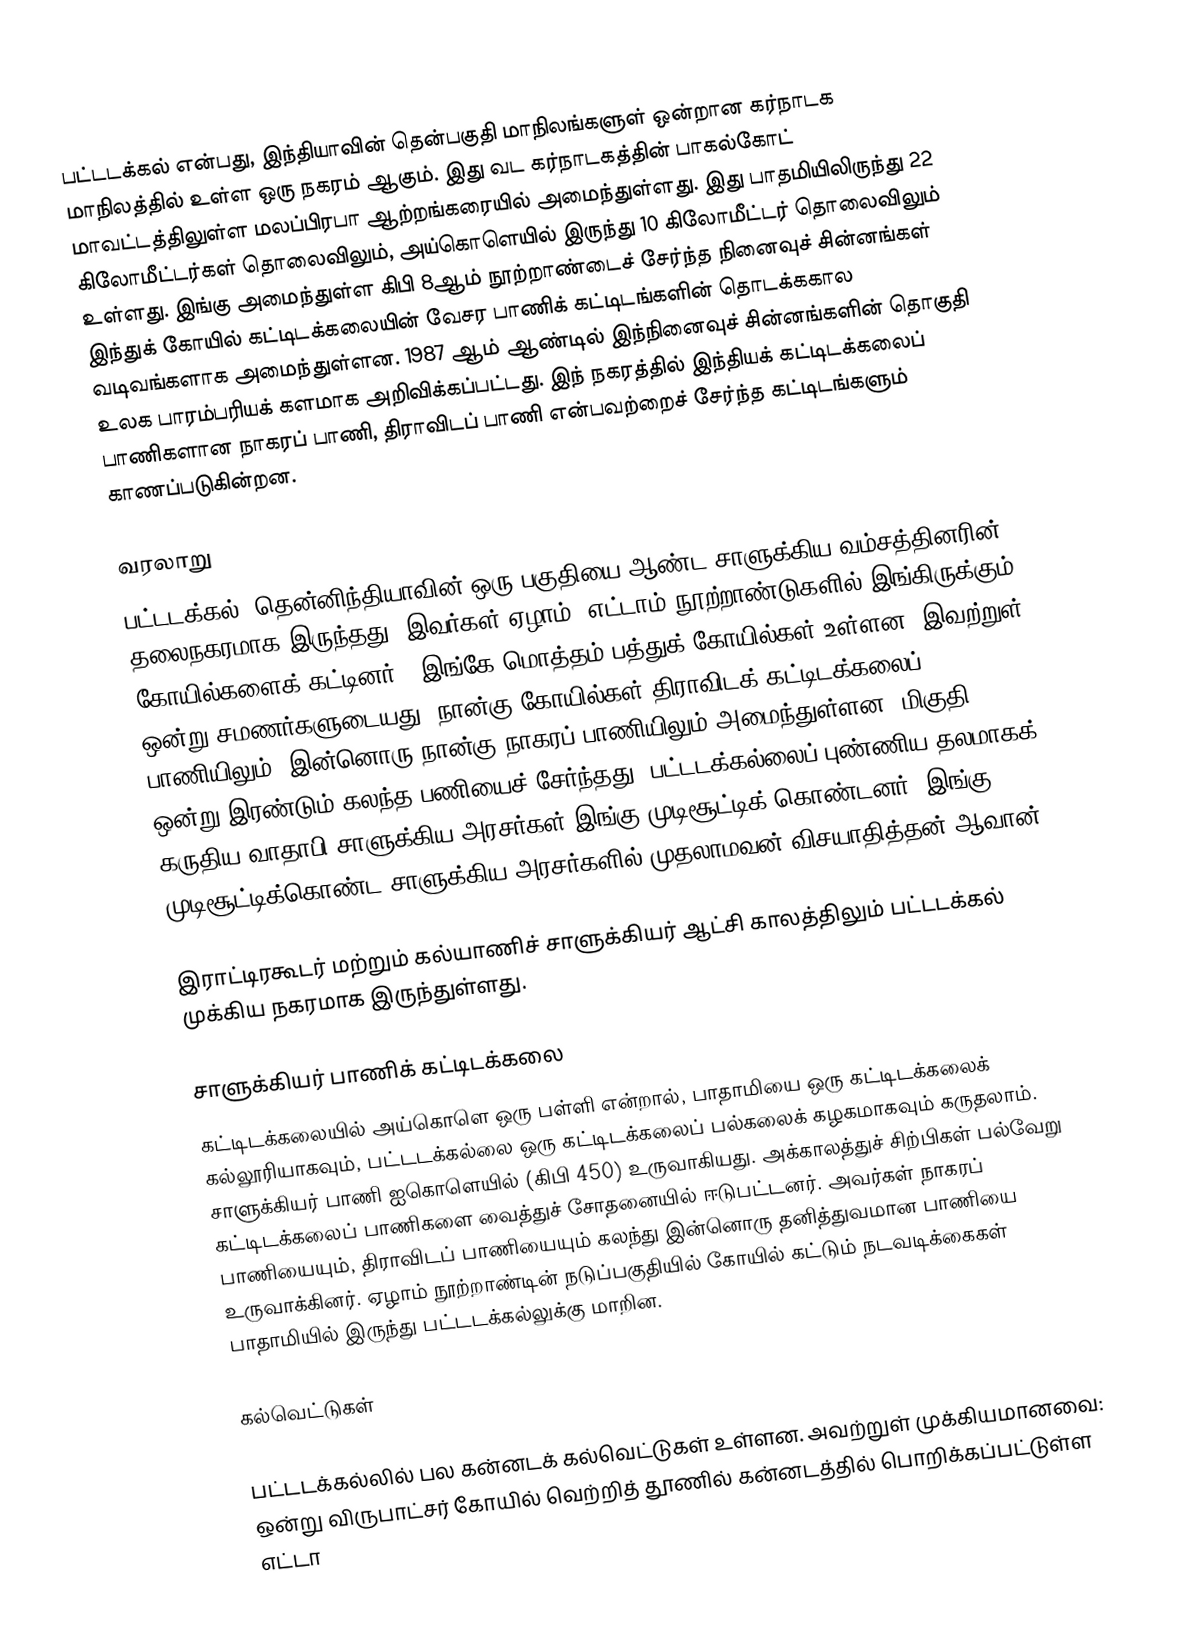
பட்டடக்கல் என்பது, இந்தியாவின் தென்பகுதி மாநிலங்களுள் ஒன்றான கர்நாடக மாநிலத்தில் உள்ள ஒரு நகரம் ஆகும். இது வட கர்நாடகத்தின் பாகல்கோட் மாவட்டத்திலுள்ள மலப்பிரபா ஆற்றங்கரையில் அமைந்துள்ளது. இது பாதமியிலிருந்து 22 கிலோமீட்டர்கள் தொலைவிலும், அய்கொளெயில் இருந்து 10 கிலோமீட்டர் தொலைவிலும் உள்ளது. இங்கு அமைந்துள்ள கிபி 8ஆம் நூற்றாண்டைச் சேர்ந்த நினைவுச் சின்னங்கள் இந்துக் கோயில் கட்டிடக்கலையின் வேசர பாணிக் கட்டிடங்களின் தொடக்ககால வடிவங்களாக அமைந்துள்ளன. 1987 ஆம் ஆண்டில் இந்நினைவுச் சின்னங்களின் தொகுதி உலக பாரம்பரியக் களமாக அறிவிக்கப்பட்டது. இந் நகரத்தில் இந்தியக் கட்டிடக்கலைப் பாணிகளான நாகரப் பாணி, திராவிடப் பாணி என்பவற்றைச் சேர்ந்த கட்டிடங்களும் காணப்படுகின்றன.

வரலாறு
பட்டடக்கல், தென்னிந்தியாவின் ஒரு பகுதியை ஆண்ட சாளுக்கிய வம்சத்தினரின் தலைநகரமாக இருந்தது. இவர்கள் ஏழாம், எட்டாம் நூற்றாண்டுகளில் இங்கிருக்கும் கோயில்களைக் கட்டினர் . இங்கே மொத்தம் பத்துக் கோயில்கள் உள்ளன. இவற்றுள் ஒன்று சமணர்களுடையது. நான்கு கோயில்கள் திராவிடக் கட்டிடக்கலைப் பாணியிலும், இன்னொரு நான்கு நாகரப் பாணியிலும் அமைந்துள்ளன. மிகுதி ஒன்று இரண்டும் கலந்த பணியைச் சேர்ந்தது. பட்டடக்கல்லைப் புண்ணிய தலமாகக் கருதிய வாதாபி சாளுக்கிய அரசர்கள் இங்கு முடிசூட்டிக் கொண்டனர். இங்கு முடிசூட்டிக்கொண்ட சாளுக்கிய அரசர்களில் முதலாமவன் விசயாதித்தன் ஆவான்.

இராட்டிரகூடர் மற்றும் கல்யாணிச் சாளுக்கியர் ஆட்சி காலத்திலும் பட்டடக்கல் முக்கிய நகரமாக இருந்துள்ளது.

சாளுக்கியர் பாணிக் கட்டிடக்கலை
கட்டிடக்கலையில் அய்கொளெ ஒரு பள்ளி என்றால், பாதாமியை ஒரு கட்டிடக்கலைக் கல்லூரியாகவும், பட்டடக்கல்லை ஒரு கட்டிடக்கலைப் பல்கலைக் கழகமாகவும் கருதலாம். சாளுக்கியர் பாணி ஐகொளெயில் (கிபி 450) உருவாகியது. அக்காலத்துச் சிற்பிகள் பல்வேறு கட்டிடக்கலைப் பாணிகளை வைத்துச் சோதனையில் ஈடுபட்டனர். அவர்கள் நாகரப் பாணியையும், திராவிடப் பாணியையும் கலந்து இன்னொரு தனித்துவமான பாணியை உருவாக்கினர். ஏழாம் நூற்றாண்டின் நடுப்பகுதியில் கோயில் கட்டும் நடவடிக்கைகள் பாதாமியில் இருந்து பட்டடக்கல்லுக்கு மாறின.

கல்வெட்டுகள்

பட்டடக்கல்லில் பல கன்னடக் கல்வெட்டுகள் உள்ளன. அவற்றுள் முக்கியமானவை: ஒன்று விருபாட்சர் கோயில் வெற்றித் தூணில் கன்னடத்தில் பொறிக்கப்பட்டுள்ள எட்டா